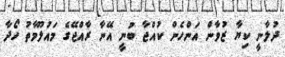
ދުލާނީ ކިޔާ ޒުވާން އަންހެން ކުއްޖާ ބުނީ އޭނާ ރާއްޖޭގެ މައުލޫމާތު ހޯދާ